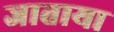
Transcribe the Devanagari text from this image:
जाताया